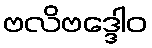
ဗလိဗဒ္ဒေါဝ